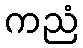
ကညံ